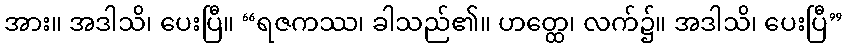
အား။ အဒါသိ၊ ပေးပြီ။ “ရဇကဿ၊ ခါသည်၏။ ဟတ္ထေ၊ လက်၌။ အဒါသိ၊ ပေးပြီ”